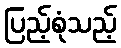
ပြည့်စုံသည့်